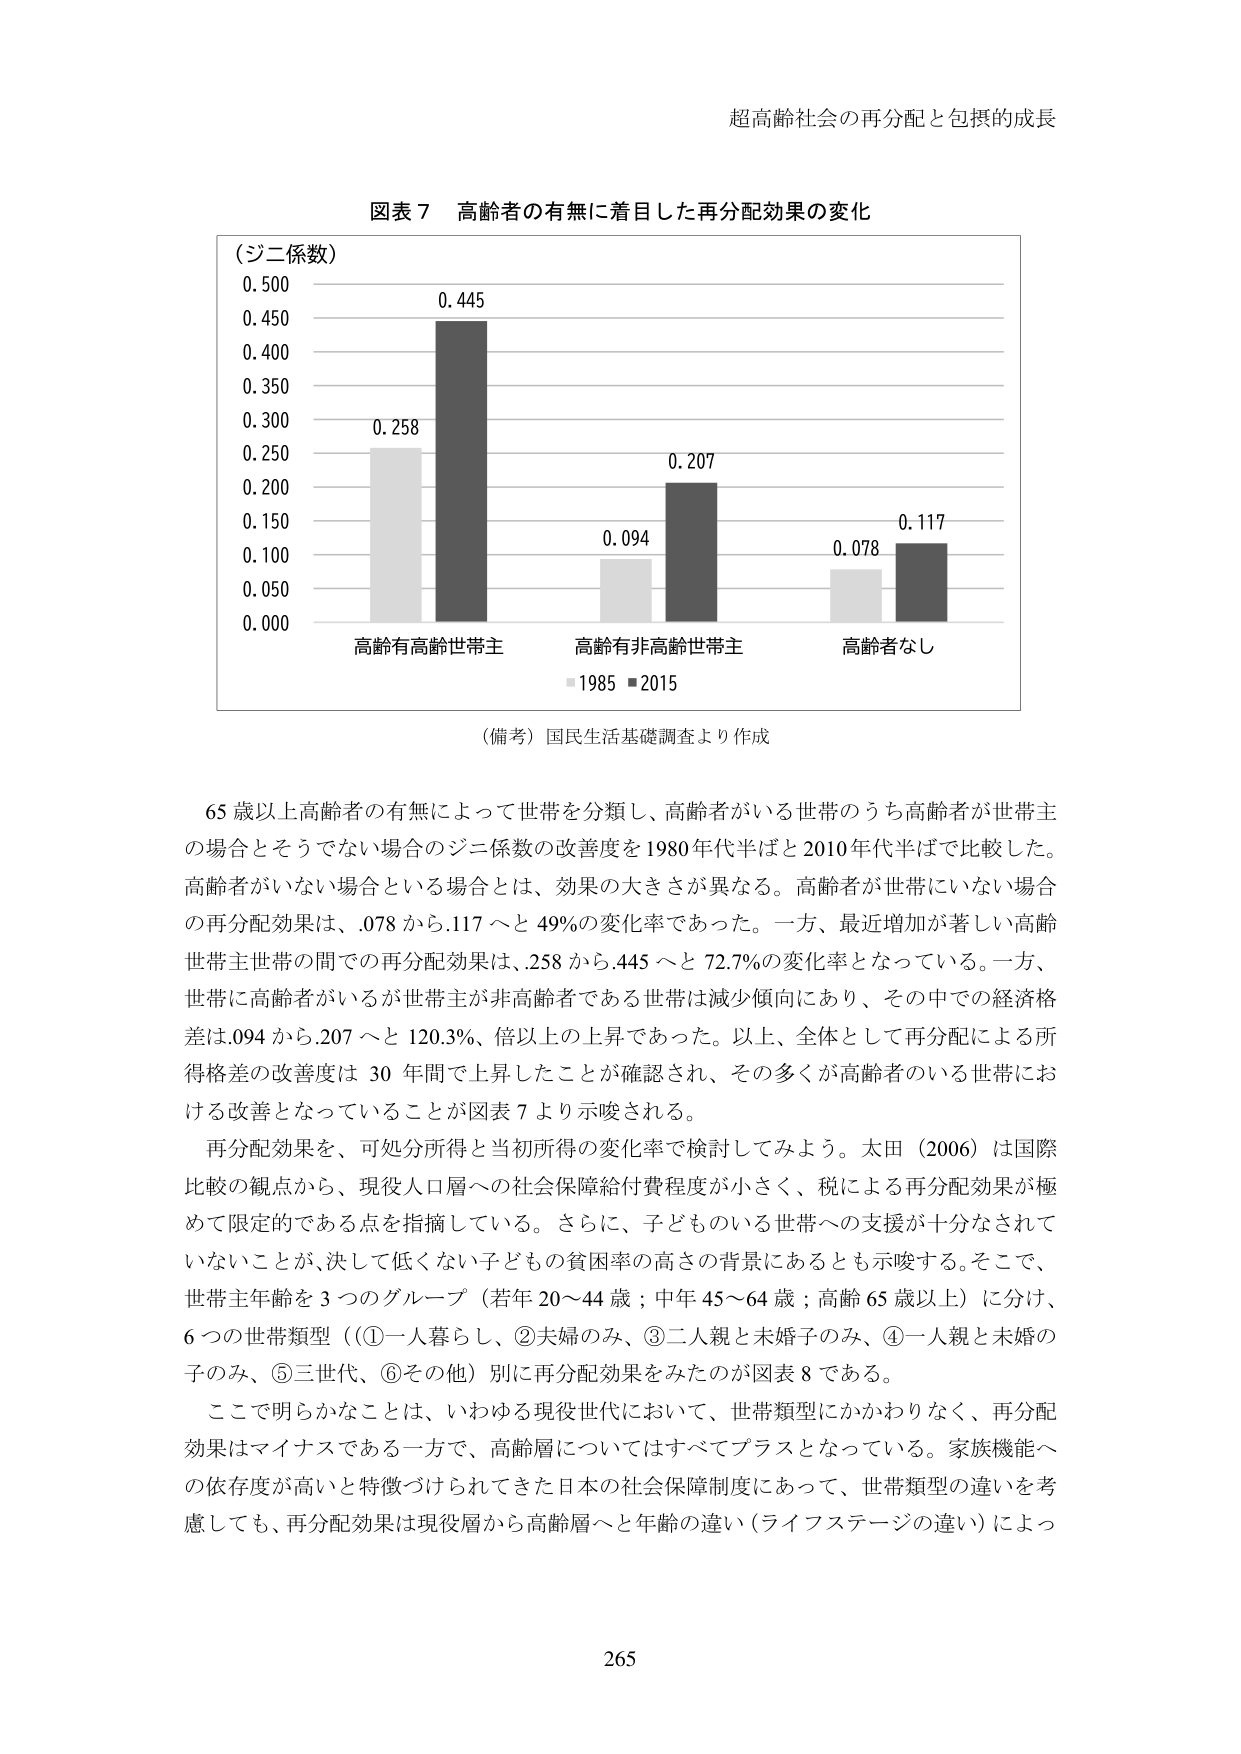
超高齢社会の再分配と包摂的成長

図表７ 高齢者の有無に着目した再分配効果の変化

（ジニ係数）
0.500
0.450
0.400
0.350
0.300
0.250
0.200
0.150
0.100
0.050
0.000

0.258
0.445
0.094
0.207
0.078
0.117

高齢有高齢世帯主
高齢有非高齢世帯主
高齢者なし

■1985 ■2015

（備考）国民生活基礎調査より作成

65歳以上高齢者の有無によって世帯を分類し、高齢者がいる世帯のうち高齢者が世帯主の場合とそうでない場合のジニ係数の改善度を1980年代半ばと2010年代半ばで比較した。高齢者がいない場合という場合とは、効果の大きさが異なる。高齢者が世帯にいない場合の再分配効果は、.078から.117へと49%の変化率であった。一方、最近増加が著しい高齢世帯主世帯の間での再分配効果は、.258から.445へと72.7%の変化率となっている。一方、世帯に高齢者がいるが世帯主が非高齢者である世帯は減少傾向にあり、その中での経済格差は.094から.207へと120.3%、倍以上の上昇であった。以上、全体として再分配による所得格差の改善度は30年間で上昇したことが確認され、その多くが高齢者のいる世帯における改善となっていることが図表７より示唆される。

再分配効果を、可処分所得と当初所得の変化率で検討してみよう。太田（2006）は国際比較の観点から、現役人口層への社会保障給付費程度が小さく、税による再分配効果が極めて限定的である点を指摘している。さらに、子どものある世帯への支援が十分なされていないことが、決して低くない子どもの貧困率の高さの背景にあるとも示唆する。そこで、世帯主年齢を3つのグループ（若年20～44歳；中年45～64歳；高齢65歳以上）に分け、6つの世帯類型（①一人暮らし、②夫婦のみ、③二人親と未婚子のみ、④一人親と未婚の子のみ、⑤三世代、⑥その他）別に再分配効果をみたのが図表８である。

ここで明らかなことは、いわゆる現役世代において、世帯類型にかかわりなく、再分配効果はマイナスである一方で、高齢層についてはすべてプラスとなっている。家族機能への依存度が高いと特徴づけられてきた日本の社会保障制度にあって、世帯類型の違いを考慮しても、再分配効果は現役層から高齢層へと年齢の違い（ライフステージの違い）によっ

265